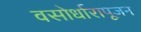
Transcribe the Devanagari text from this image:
वसोर्धारापूजन